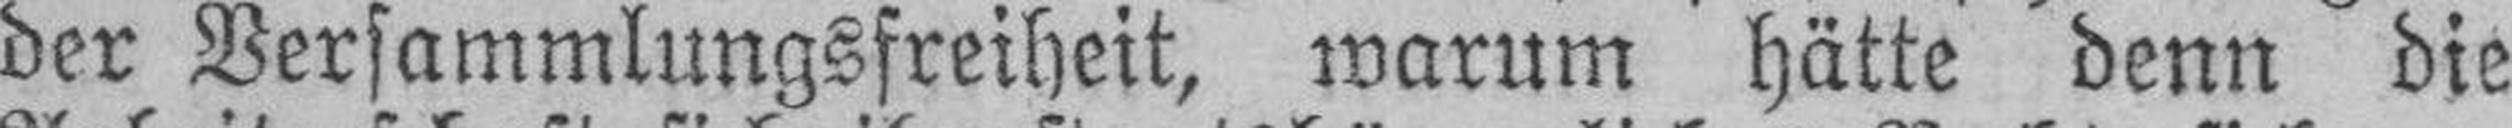
der Versammlungsfreiheit, warum hätte denn die